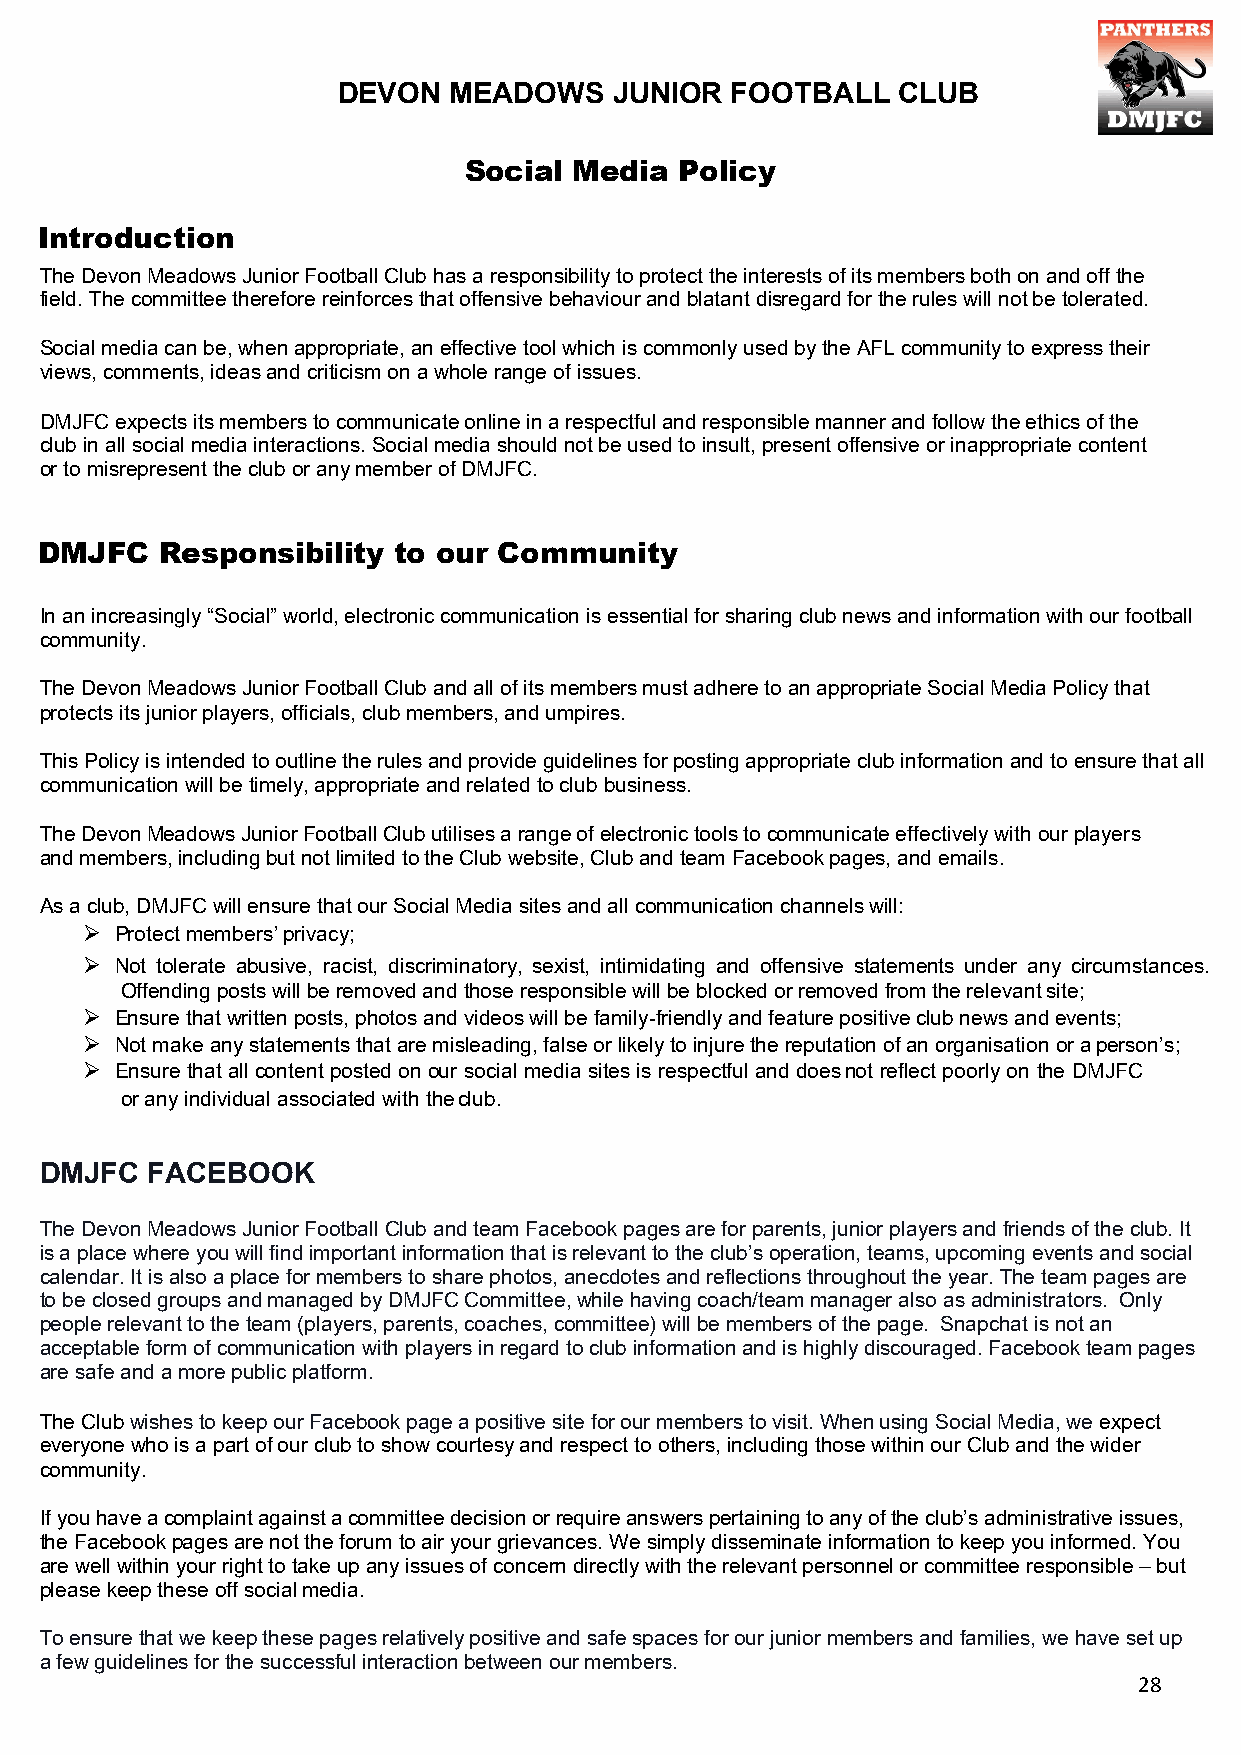
DEVON   MEADOWS    JUNIOR FOOTBALL   CLUB
 Social Media  Policy
 Introduction
 The Devon Meadows Junior Football Club has a responsibility to protect the interests of its members both on and off the
 field. The committee therefore reinforces that offensive behaviour and blatant disregard for the rules will not be tolerated.
 Social media can be, when appropriate, an effective tool which is commonly used by the AFL community to express their
 views, comments, ideas and criticism on a whole range of issues.
 DMJFC expects its members to communicate online in a respectful and responsible manner and follow the ethics of the
 club in all social media interactions. Social media should not be used to insult, present offensive or inappropriate content
 or to misrepresent the club or any member of DMJFC.
 DMJFC   Responsibility to our Community
 In an increasingly “Social” world, electronic communication is essential for sharing club news and information with our football
 community.
 The Devon Meadows Junior Football Club and all of its members must adhere to an appropriate Social Media Policy that
 protects its junior players, officials, club members, and umpires.
 This Policy is intended to outline the rules and provide guidelines for posting appropriate club information and to ensure that all
 communication will be timely, appropriate and related to club business.
 The Devon Meadows Junior Football Club utilises a range of electronic tools to communicate effectively with our players
 and members, including but not limited to the Club website, Club and team Facebook pages, and emails.
 As a club, DMJFC will ensure that our Social Media sites and all communication channels will:
   Protect members’ privacy;
  Not tolerate abusive, racist, discriminatory, sexist, intimidating and offensive statements under any circumstances.
 Offending posts will be removed and those responsible will be blocked or removed from the relevant site;
  Ensure that written posts, photos and videos will be family-friendly and feature positive club news and events;
  Not make any statements that are misleading, false or likely to injure the reputation of an organisation or a person’s;
  Ensure that all content posted on our social media sites is respectful and does not reflect poorly on the DMJFC
 or any individual associated with the club.
 DMJFC  FACEBOOK
 The Devon Meadows Junior Football Club and team Facebook pages are for parents, junior players and friends of the club. It
 is a place where you will find important information that is relevant to the club’s operation, teams, upcoming events and social
 calendar. It is also a place for members to share photos, anecdotes and reflections throughout the year. The team pages are
 to be closed groups and managed by DMJFC Committee, while having coach/team manager also as administrators. Only
 people relevant to the team (players, parents, coaches, committee) will be members of the page. Snapchat is not an
 acceptable form of communication with players in regard to club information and is highly discouraged. Facebook team pages
 are safe and a more public platform.
 The Club wishes to keep our Facebook page a positive site for our members to visit. When using Social Media, we expect
 everyone who is a part of our club to show courtesy and respect to others, including those within our Club and the wider
 community.
 If you have a complaint against a committee decision or require answers pertaining to any of the club’s administrative issues,
 the Facebook pages are not the forum to air your grievances. We simply disseminate information to keep you informed. You
 are well within your right to take up any issues of concern directly with the relevant personnel or committee responsible – but
 please keep these off social media.
 To ensure that we keep these pages relatively positive and safe spaces for our junior members and families, we have set up
 a few guidelines for the successful interaction between our members.
 28